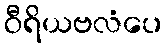
ဝီရိယဗလံပေ